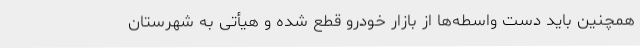
همچنین باید دست واسطه‌ها از بازار خودرو قطع شده و هیأتی به شهرستان